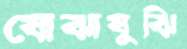
যোঝাযুঝি